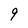
Character: 9